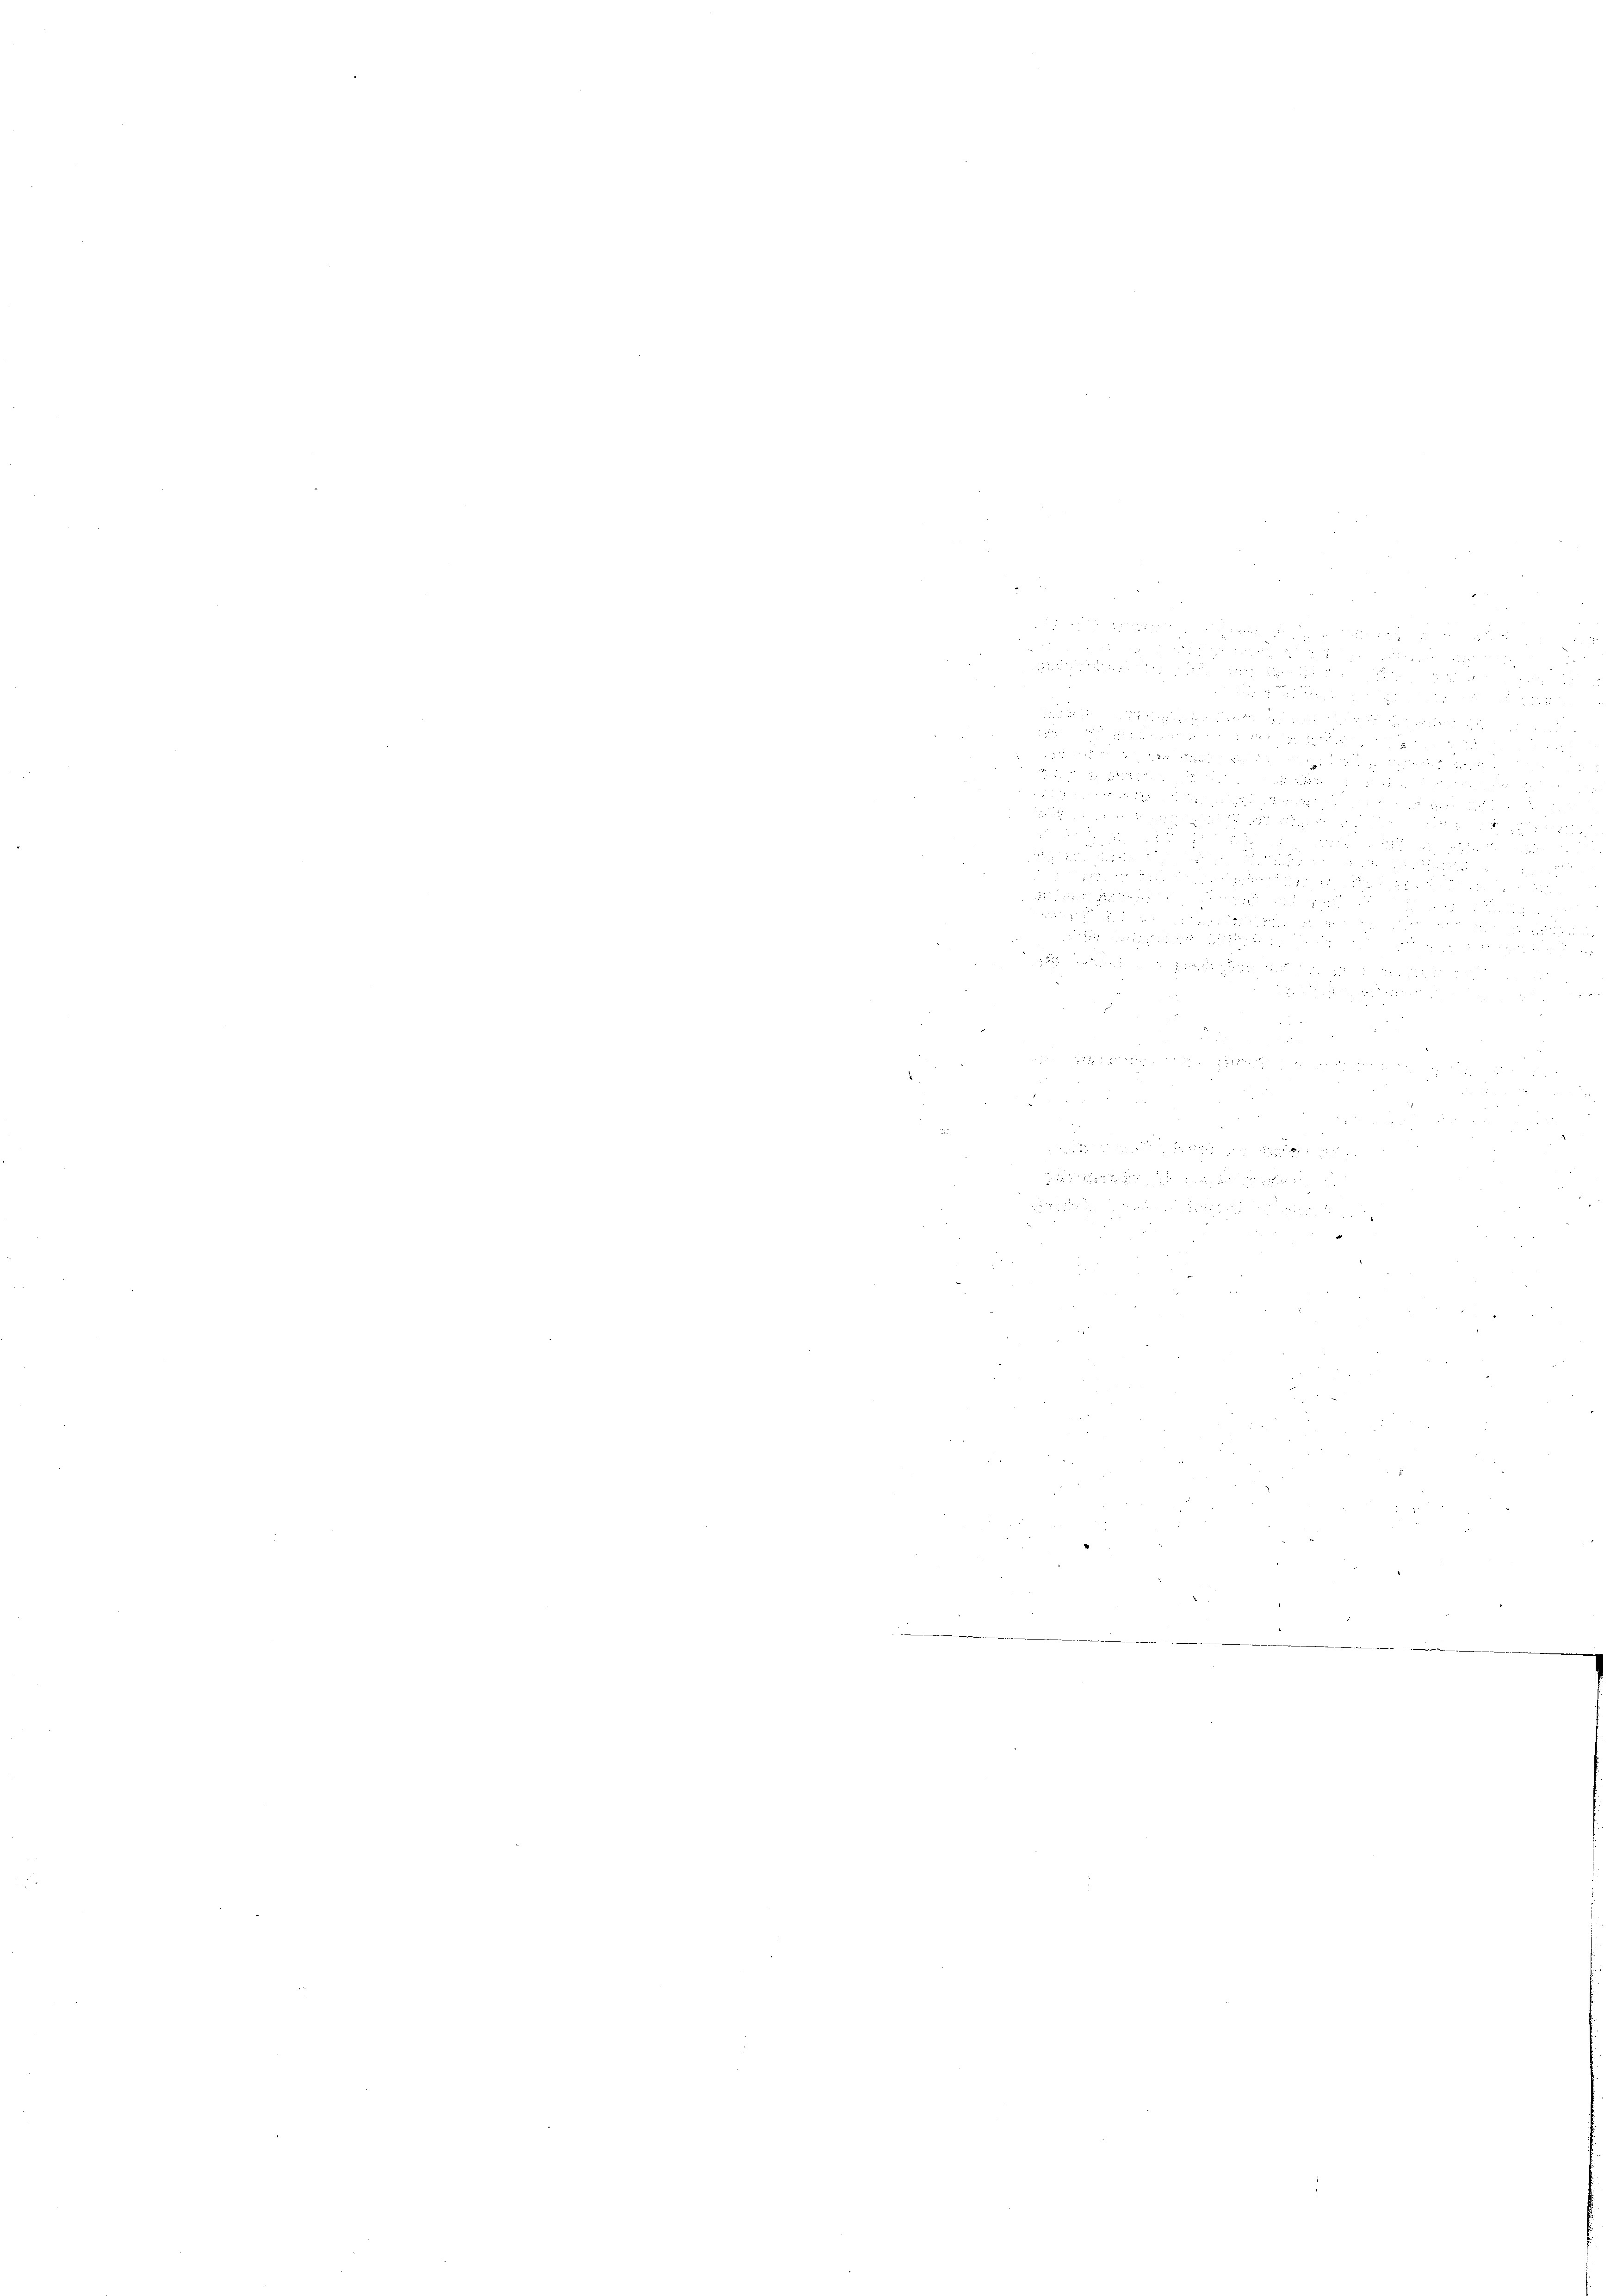
2

8
c

        12

 52 x

 x

.
21

n
5
e

3
 xx

28

.